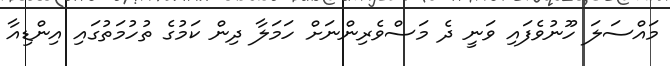
މައްސަލަ ހޫނުވެފައި ވަނީ ދެ މަސްވެރިންނަށް ހަމަލާ ދިން ކަމުގެ ތުހުމަތުގައި އިންޑިއާ